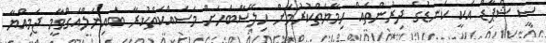
ސީ ޝެޕާޑް އަކީ ކަނޑުގެ ދިރުންތައް ހިމާޔަތްކުރުމަށް ހިލޭސާބަހަށް މަސައްކަތްކުރާ ބައިނަލްއަގްވާމީ ޖަމިއްޔާ